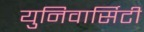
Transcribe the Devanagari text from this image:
युनिवार्सिटी